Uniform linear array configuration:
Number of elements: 4
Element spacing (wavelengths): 0.75
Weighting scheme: hamming
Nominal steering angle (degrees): -15
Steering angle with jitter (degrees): -13.944
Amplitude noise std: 0.05
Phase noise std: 0.05

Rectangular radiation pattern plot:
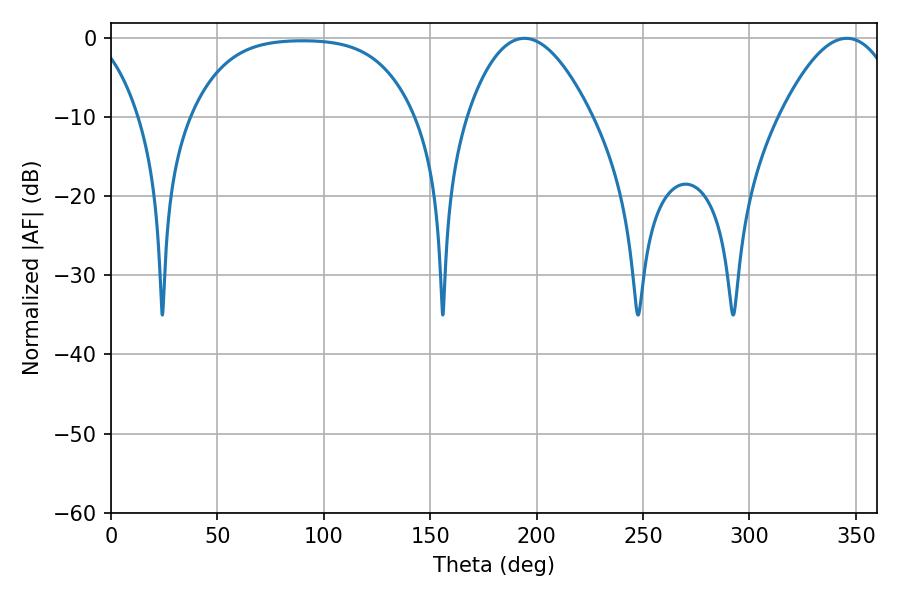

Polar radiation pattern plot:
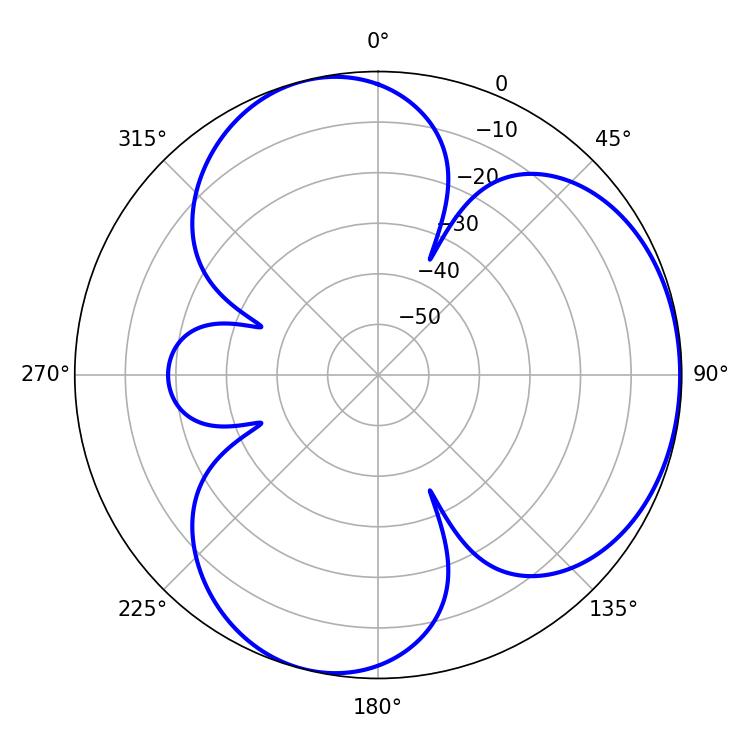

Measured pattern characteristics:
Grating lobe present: TRUE
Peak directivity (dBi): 4.3
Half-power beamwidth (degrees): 32.04
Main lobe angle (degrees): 194.22